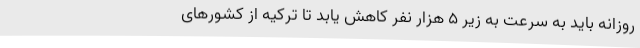
روزانه باید به سرعت به زیر ۵ هزار نفر کاهش یابد تا ترکیه از کشورهای